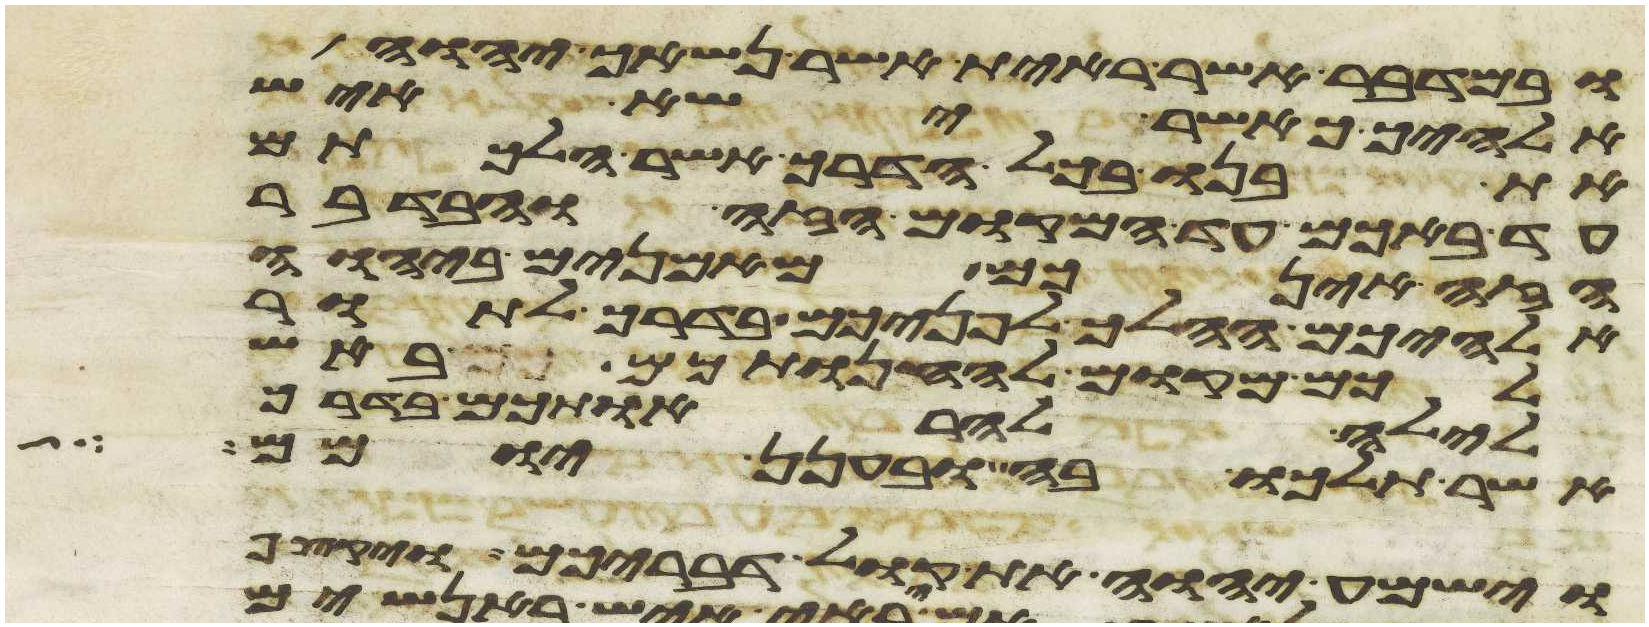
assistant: ובמדבר אשר ראית אשר נשאך יהוה
אלהיך כאשר ישא איש
את בנו בכל הדרך אשר הלכתם
עד באכם עד המקום הזה ובדבר
הזה אינכם מאמנים ביהוה
אלהיכם ההלך לפניכם בדרך לתור
לכם מקום להחנותכם באש
לילה להראותכם בדרך
אשר תלכו בה ובענן יומם
וישמע יהוה את קול דבריכם ויקצף